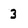
Character: 3